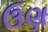
ઉણ